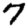
Digit: 7